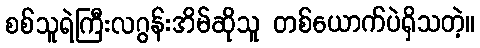
စစ်သူရဲကြီးလဂွန်းအိမ်ဆိုသူ တစ်ယောက်ပဲရှိသတဲ့။